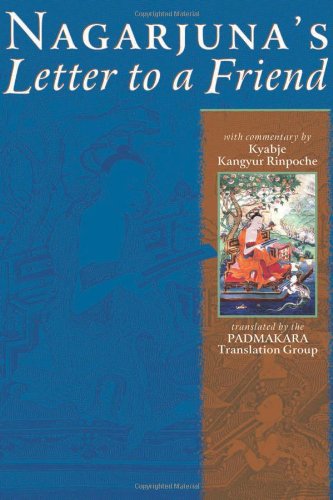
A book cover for Nagarjuna's Letter To A Friend: With Commentary By Kangyur Rinpoche; Kyabje Kangyur Rinpoche; Religion & Spirituality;